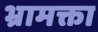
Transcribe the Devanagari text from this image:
भ्रामक्ता